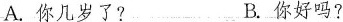
A.你几岁了? B.你好吗?